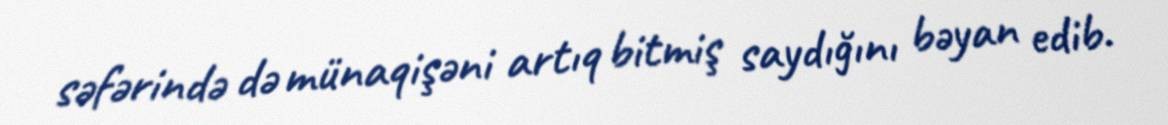
səfərində də münaqişəni artıq bitmiş saydığını bəyan edib.